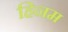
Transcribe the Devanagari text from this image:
हिनम